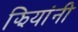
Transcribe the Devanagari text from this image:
झियांनी